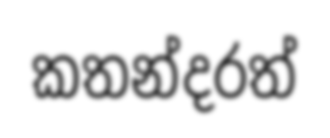
කතන්දරත්